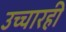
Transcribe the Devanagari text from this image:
उच्चारही